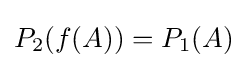
\textstyle P_{2}(f(A))=P_{1}(A)